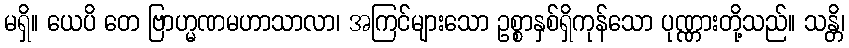
မရှိ။ ယေပိ တေ ဗြာဟ္မဏမဟာသာလာ၊ အကြင်များသော ဥစ္စာနှစ်ရှိကုန်သော ပုဏ္ဏားတို့သည်။ သန္တိ၊